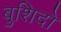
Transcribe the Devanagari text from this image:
बुशिदो